Tartu_pedagoogiumi_aruanded, lk 17
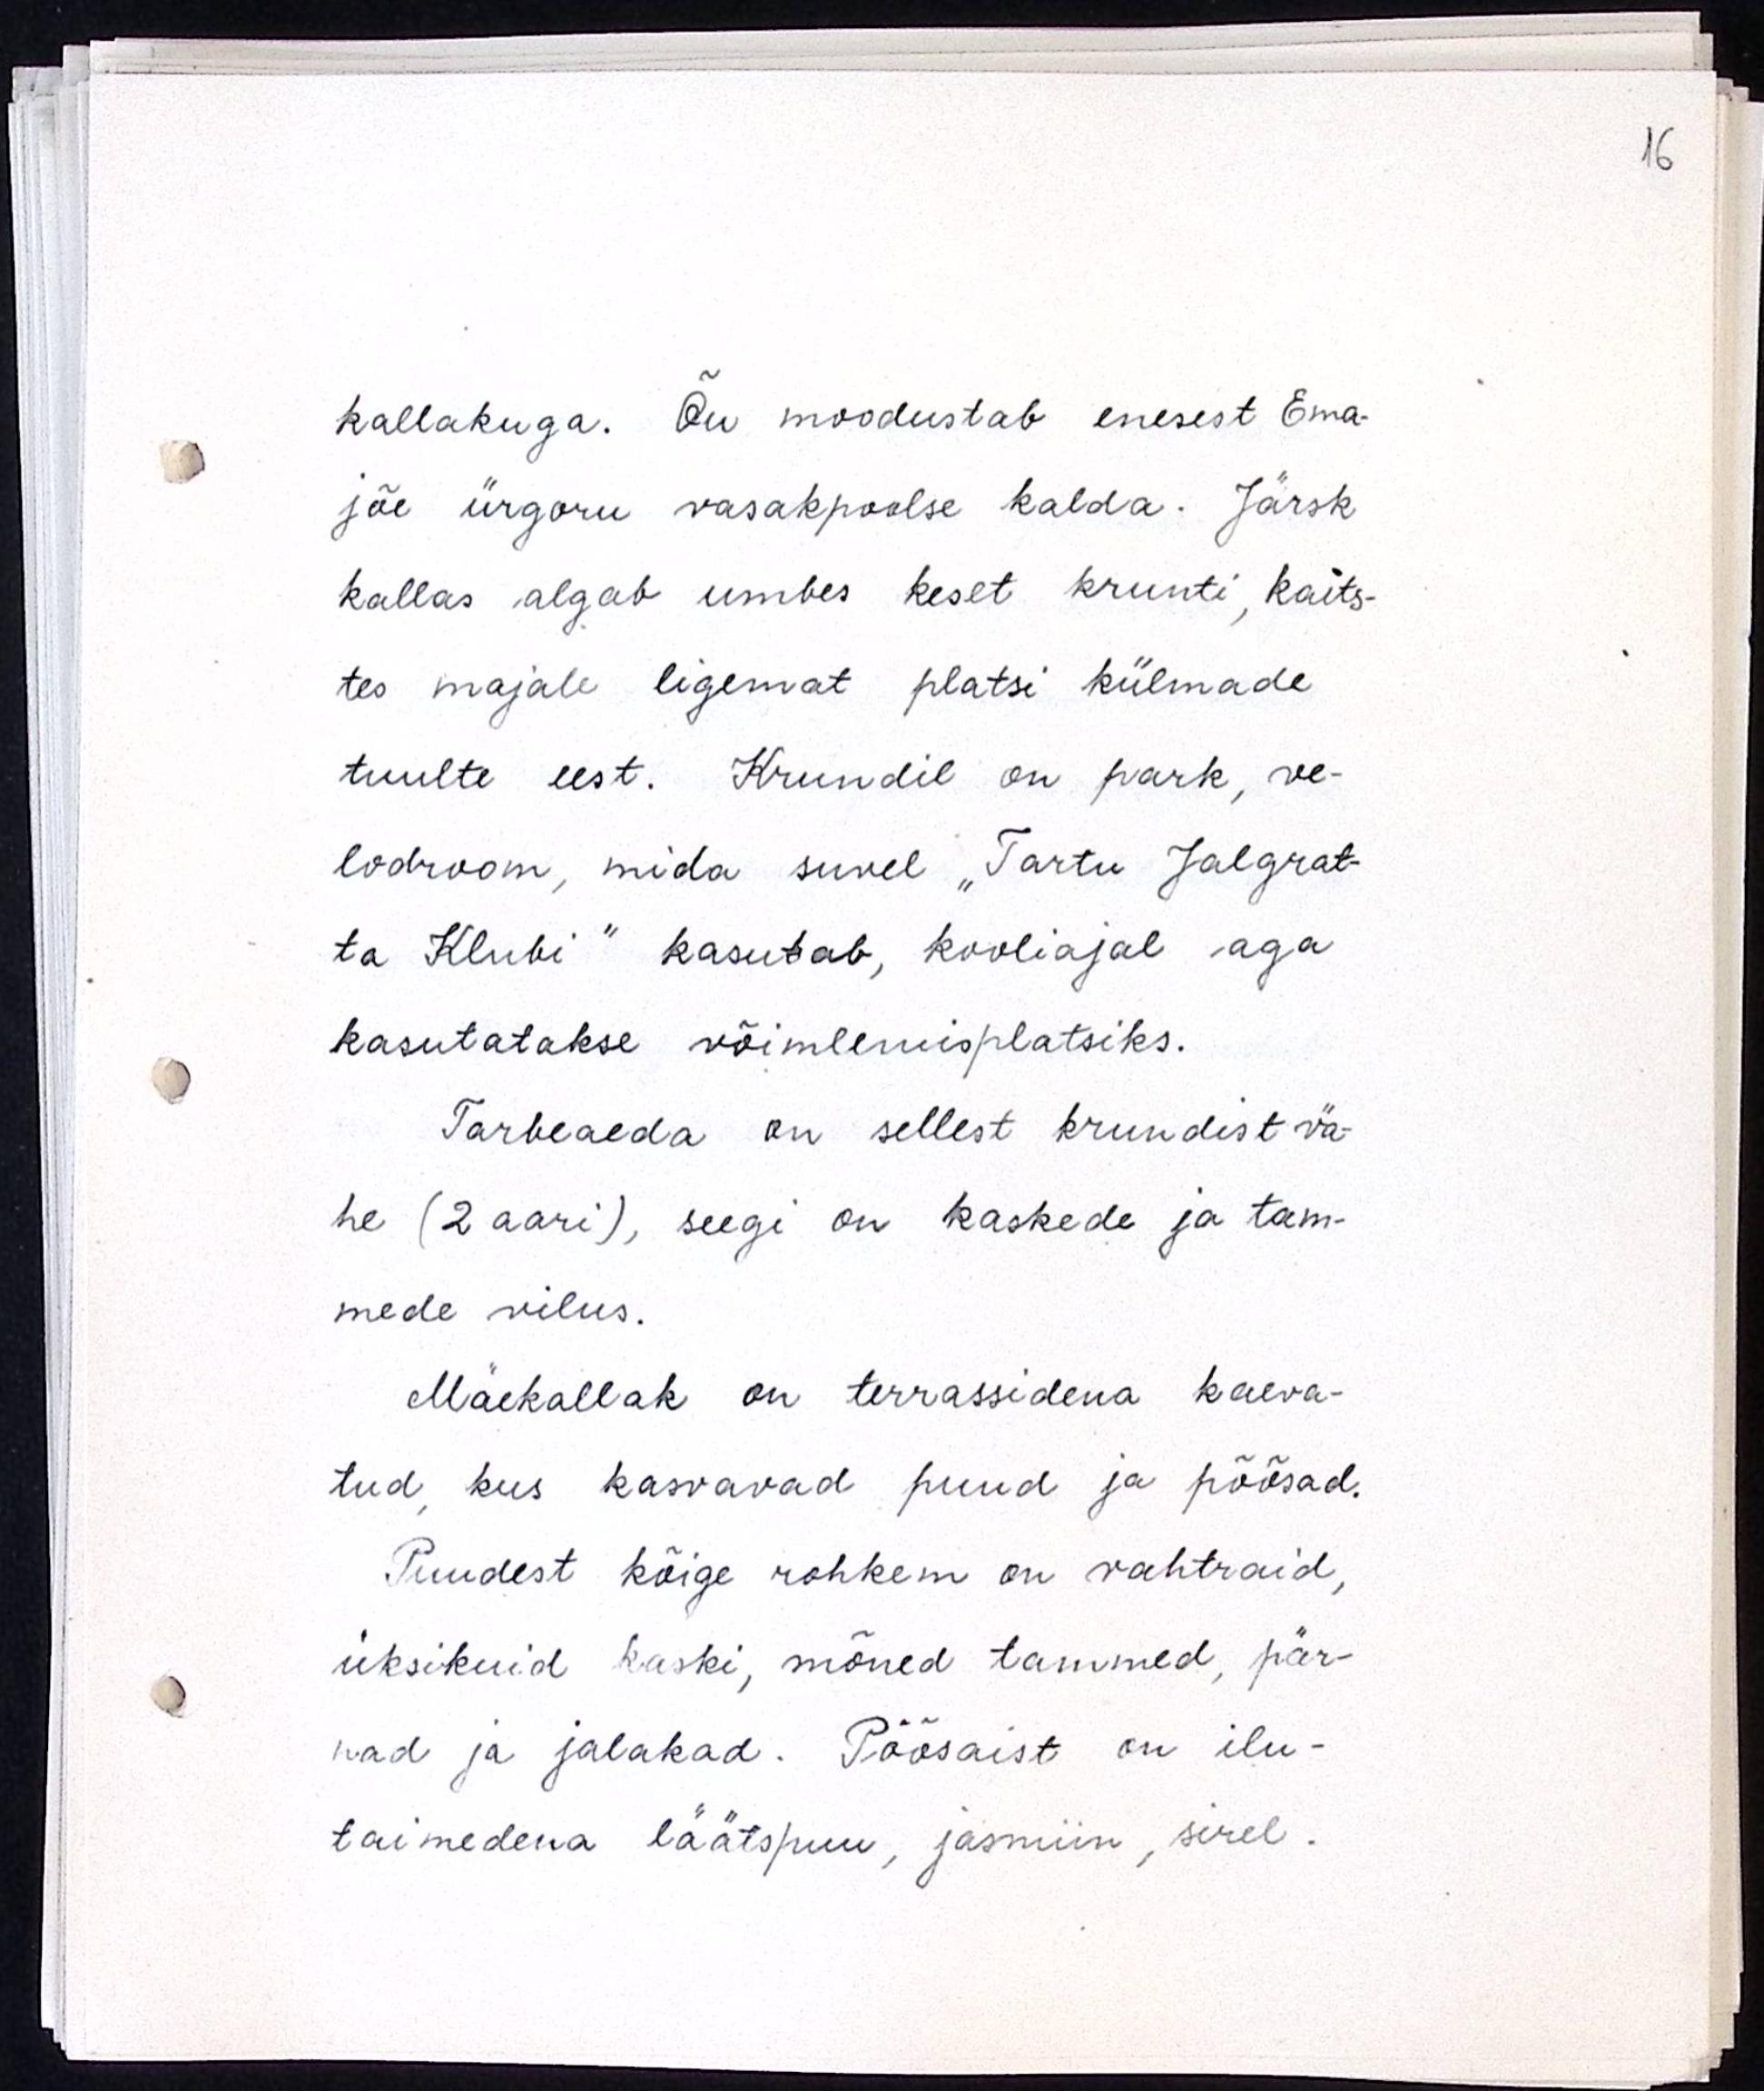
kallakuga. Õu moodustab enesest Ema-
jõe ürgoru vasakpoolse kalda. Järsk
kallas algab umbes keset krunti, kaits-
tes majale ligemat platsi külmade
tuulte eest. Krundil on park, ve-
lodroom, mida suvel "Tartu Jalgrat-
ta Klubi" kasutab, kooliajal aga 
kasutatakse võimlemisplatsiks.
Tarbeaeda on sellest krundist vä-
he (2 aari), seegi on kaskede ja tam-
mede vilus.
Mäekallak on terrassidena kaeva-
tud, kus kasvavad puud ja põõsad.
Puudest kõige rohkem on vahtraid,
üksikuid kaski, mõned tammed, pär-
nad ja jalakad. Põõsaist on ilu-
taimedena läätspuu, jasmiin, sirel.